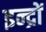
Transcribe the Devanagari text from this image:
इन्द्रों